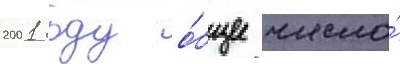
2001 году о́бщее число́